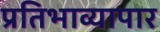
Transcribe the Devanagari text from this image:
प्रतिभाव्यापार